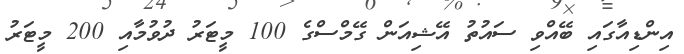
އިންޑިއާގައި ބޭއްވި ސައުތު އޭޝިއަން ގޭމްސްގެ 100 މީޓަރު ދުވުމާއި 200 މީޓަރު